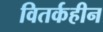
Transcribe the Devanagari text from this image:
वितर्कहीन